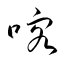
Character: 喀